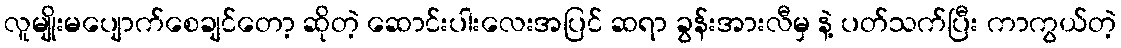
လူမျိုးမပျောက်စေချင်တော့ ဆိုတဲ့ ဆောင်းပါးလေးအပြင် ဆရာ ခွန်းအားလီမှ နဲ့ ပတ်သက်ပြီး ကာကွယ်တဲ့